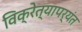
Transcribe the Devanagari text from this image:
विक्रेत्यापर्यंत